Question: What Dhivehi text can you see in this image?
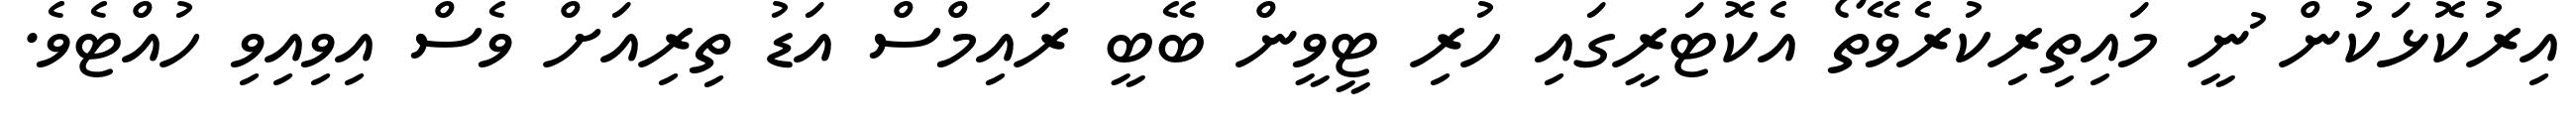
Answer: އިރުކޮޅަކުން ުނީ މައިތިރިކުރެވޭތޯ އެކޮޓަރީގައި ހުރި ޓީވީން ބޭބީ ރައިމްސް އަޑު ތިރިއަށް ވެސް އިވިއިވި ހުއްޓެވެ.